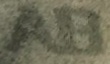
AB